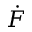
\dot { F }